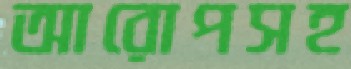
আরোপসহ